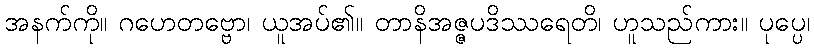
အနက်ကို။ ဂဟေတဗ္ဗော၊ ယူအပ်၏။ တာနိအဇ္ဇပဒိဿရေတိ၊ ဟူသည်ကား။ ပုပ္ပေ၊